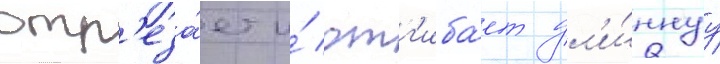
отр'еза́ет и́ отг'иба́ет дл'и́ннуу